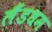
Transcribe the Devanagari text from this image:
लैंडधम